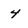
Character: 4